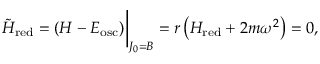
{ \tilde { H } } _ { \mathrm { r e d } } = ( H - E _ { \mathrm { o s c } } ) \bigg \vert _ { J _ { 0 } = B } = r \left( H _ { \mathrm { r e d } } + 2 m \omega ^ { 2 } \right) = 0 ,